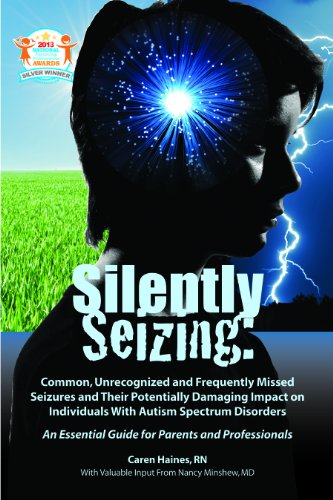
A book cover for Silently Seizing: Common, Unrecognized, and Frequently Missed Seizures and Their Potentially Damaging Impact on Individuals With Autism Spectrum Disorders; Caren Haines; Health, Fitness & Dieting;